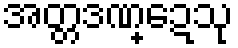
အတ္တဒဏ္ဍေသု